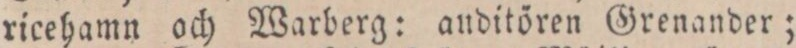
ricehamn och Warberg: anditören Grenander;